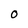
Character: 0